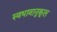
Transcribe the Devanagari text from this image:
स्वभावानुकूल